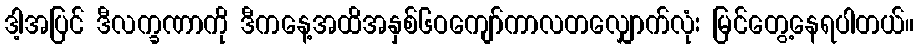
ဒါ့အပြင် ဒီလက္ခဏာကို ဒီကနေ့အထိအနှစ်၆ဝကျော်ကာလတလျှောက်လုံး မြင်တွေ့နေရပါတယ်။